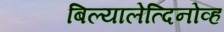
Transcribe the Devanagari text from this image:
बिल्यालेत्दिनोव्ह